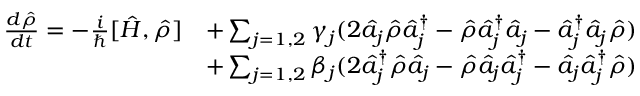
\begin{array} { r l } { \frac { d \hat { \rho } } { d t } = - \frac { i } { \hbar } [ \hat { H } , \hat { \rho } ] } & { + \sum _ { j = 1 , 2 } \gamma _ { j } ( 2 \hat { a } _ { j } \hat { \rho } \hat { a } _ { j } ^ { \dagger } - \hat { \rho } \hat { a } _ { j } ^ { \dagger } \hat { a } _ { j } - \hat { a } _ { j } ^ { \dagger } \hat { a } _ { j } \hat { \rho } ) } \\ & { + \sum _ { j = 1 , 2 } \beta _ { j } ( 2 \hat { a } _ { j } ^ { \dagger } \hat { \rho } \hat { a } _ { j } - \hat { \rho } \hat { a } _ { j } \hat { a } _ { j } ^ { \dagger } - \hat { a } _ { j } \hat { a } _ { j } ^ { \dagger } \hat { \rho } ) } \end{array}